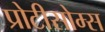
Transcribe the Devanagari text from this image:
प्रोटीसोम्स